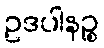
ဥဒပါနဉ္စ